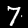
Digit: 7